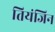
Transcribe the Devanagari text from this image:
तियंजिन